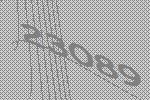
23089